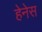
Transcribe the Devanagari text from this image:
हेनेस